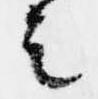
者